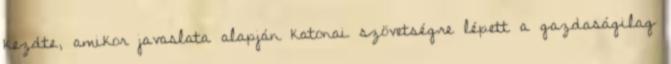
kezdte, amikor javaslata alapján katonai szövetségre lépett a gazdaságilag